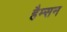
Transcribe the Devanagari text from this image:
हैम्सन